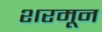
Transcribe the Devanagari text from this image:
शरमून